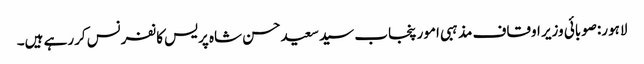
لاہور:صوبائی وزیر اوقاف مذہبی امور پنجاب سیدسعیدحسن شاہ پریس کانفرنس کررہے ہیں۔